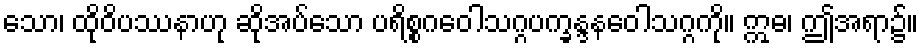
သော၊ ထိုဝိပဿနာဟု ဆိုအပ်သော ပရိစ္စဂဝေါသဂ္ဂပက္ခန္ဒနဝေါသဂ္ဂကို။ ဣဓ၊ ဤအရာ၌။